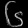
Digit: ၆